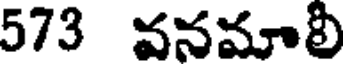
573 వనమాలీ